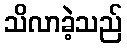
သိလာခဲ့သည်